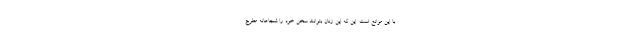
با این موانع است. این که این زنان بتوانند سخن خود را شجاعانه مطرح